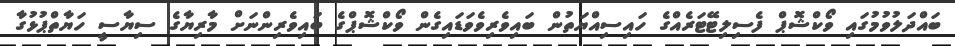
ބައްދަލުވުމުގައި ވޯކްޝޮޕް ފެސިލިޓޭޓަރެއްގެ ހައިސިއްޔަތުން ބައިވެރިވެވަޑައިގެން ވޯކްޝޮޕްގެ ބައިވެރިންނަށް މާރިޔާގެ ސިޔާސީ ހަޔާތްޕުޅުގާ